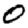
Digit: 0